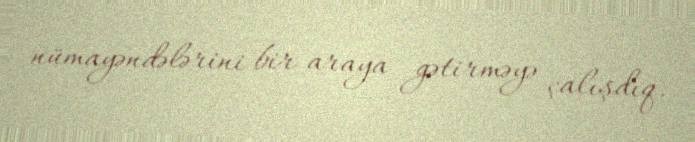
nümayəndələrini bir araya gətirməyə çalışdıq.